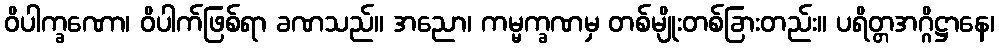
ဝိပါက္ခဏော၊ ဝိပါက်ဖြစ်ရာ ခဏသည်။ အညော၊ ကမ္မက္ခဏမှ တစ်မျိုးတစ်ခြားတည်း။ ပရိတ္တအဂ္ဂိဋ္ဌာနေ၊